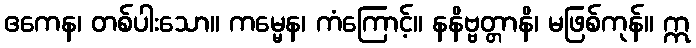
ဧကေန၊ တစ်ပါးသော။ ကမ္မေန၊ ကံကြောင့်။ နနိဗ္ဗတ္တာနိ၊ မဖြစ်ကုန်။ ဣ